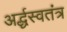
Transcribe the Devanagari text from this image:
अर्द्धस्वतंत्र